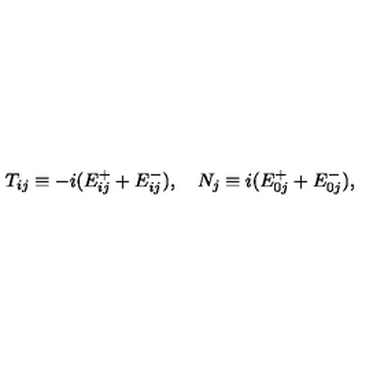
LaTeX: T _ { i j } \equiv - i ( E _ { i j } ^ { + } + E _ { i j } ^ { - } ) , \quad N _ { j } \equiv i ( E _ { 0 j } ^ { + } + E _ { 0 j } ^ { - } ) ,